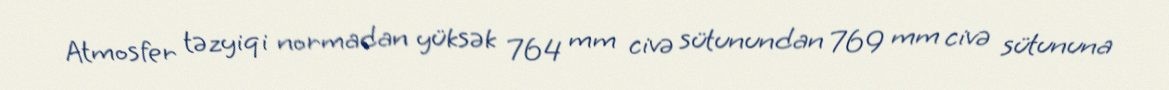
Atmosfer təzyiqi normadan yüksək 764 mm civə sütunundan 769 mm civə sütununa